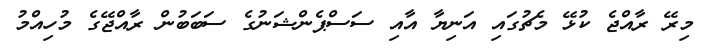
މިރޭ ރާއްޖެ ކުޅޭ މެޗުގައި އަނިޔާ އާއި ސަސްޕެންޝަނުގެ ސަބަބުން ރާއްޖޭގެ މުހިއްމު